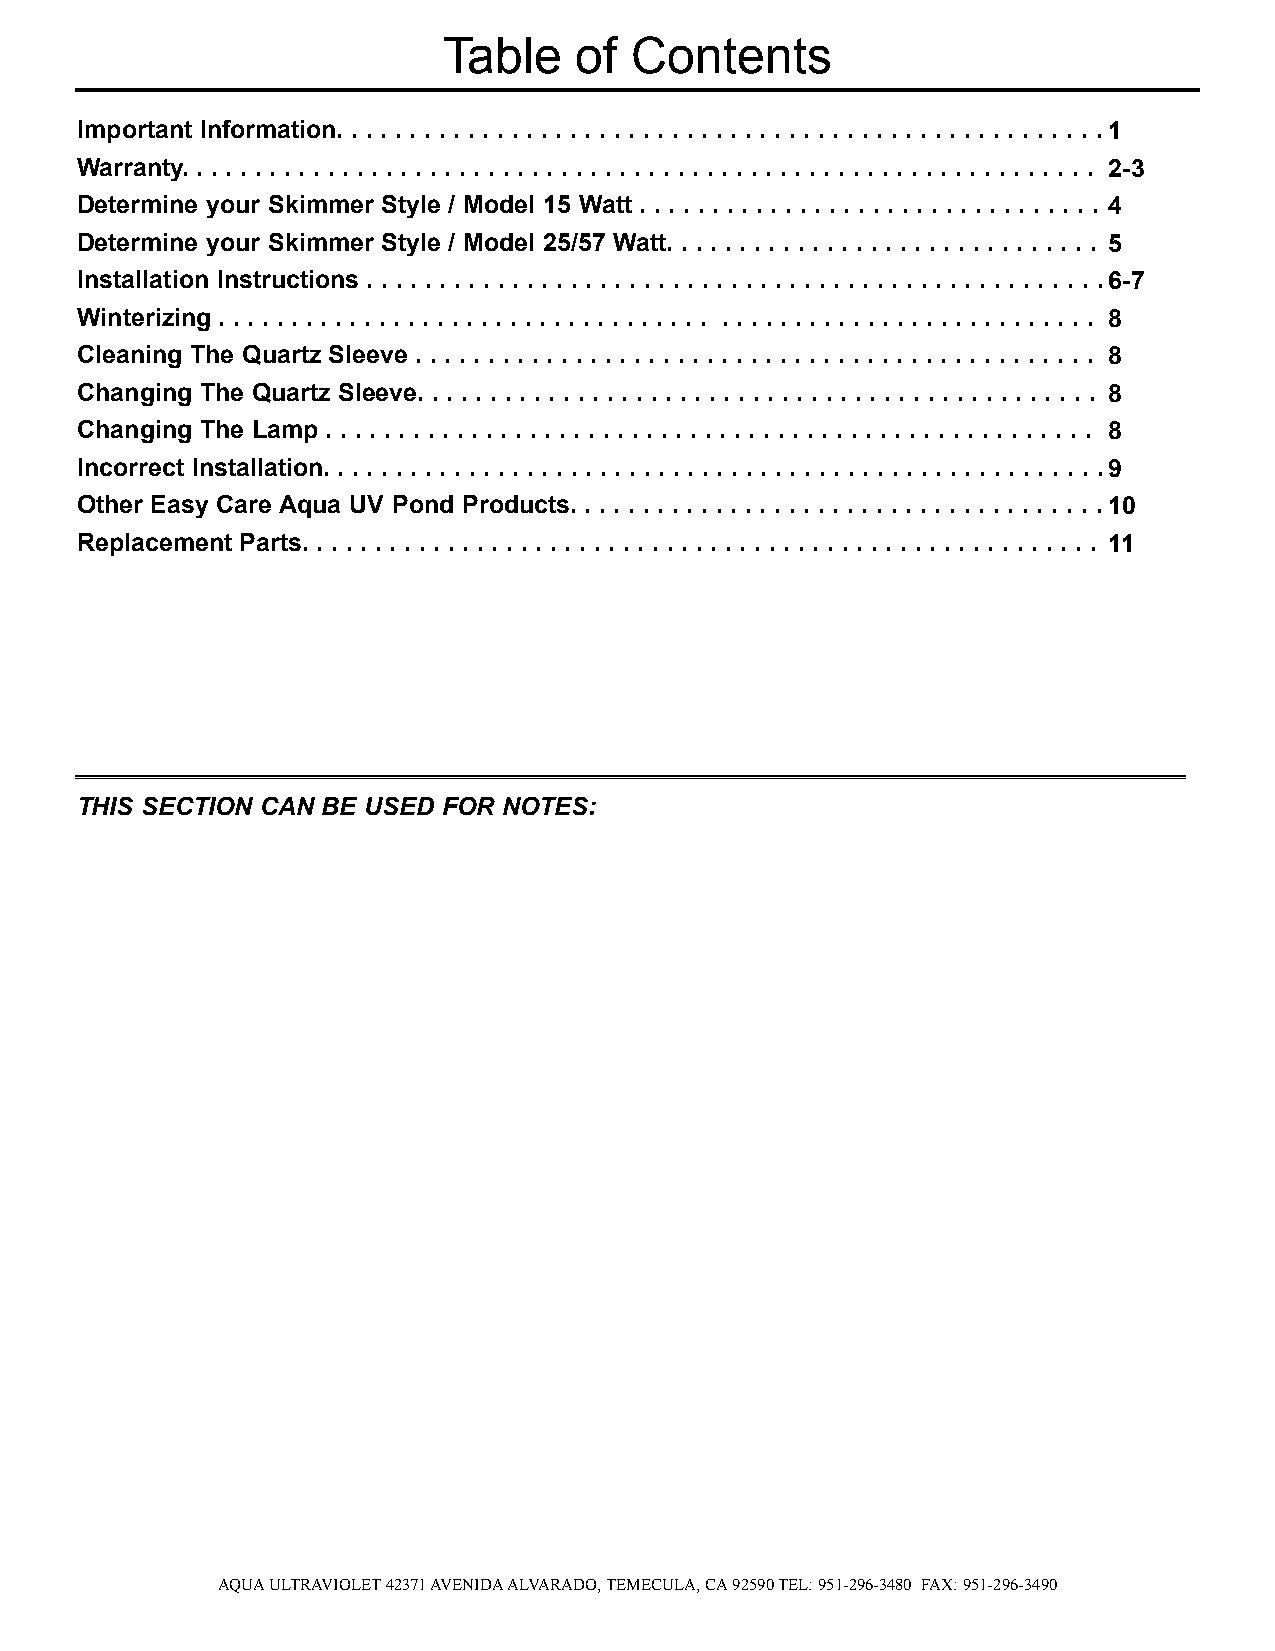
Table    of  Contents
 Important Information. . . . . . . . . . . . . . . . . . . . . . . . . . . . . . . . . . . . . . . . . . . . . . . . . . . . . 1
 Warranty. . . . . . . . . . . . . . . . . . . . . . . . . . . . . . . . . . . . . . . . . . . . . . . . . . . . . . . . . . . . . . . 2-3
 Determine your Skimmer Style / Model 15 Watt . . . . . . . . . . . . . . . . . . . . . . . . . . . . . . . . 4
 Determine your Skimmer Style / Model 25/57 Watt. . . . . . . . . . . . . . . . . . . . . . . . . . . . . . 5
 Installation Instructions . . . . . . . . . . . . . . . . . . . . . . . . . . . . . . . . . . . . . . . . . . . . . . . . . . . 6-7
 Winterizing . . . . . . . . . . . . . . . . . . . . . . . . . . . . . . . . . . . . . . . . . . . . . . . . . . . . . . . . . . . . 8
 Cleaning The Quartz Sleeve . . . . . . . . . . . . . . . . . . . . . . . . . . . . . . . . . . . . . . . . . . . . . . . 8
 Changing The Quartz Sleeve. . . . . . . . . . . . . . . . . . . . . . . . . . . . . . . . . . . . . . . . . . . . . . . 8
 Changing The Lamp . . . . . . . . . . . . . . . . . . . . . . . . . . . . . . . . . . . . . . . . . . . . . . . . . . . . . 8
 Incorrect Installation. . . . . . . . . . . . . . . . . . . . . . . . . . . . . . . . . . . . . . . . . . . . . . . . . . . . . . 9
 Other Easy Care Aqua UV Pond Products. . . . . . . . . . . . . . . . . . . . . . . . . . . . . . . . . . . . .10
 Replacement Parts. . . . . . . . . . . . . . . . . . . . . . . . . . . . . . . . . . . . . . . . . . . . . . . . . . . . . . . 11
 THIS SECTION CAN BE USED FOR NOTES:
 AQUA ULTRAVIOLET 42371 AVENIDA ALVARADO, TEMECULA, CA 92590 TEL: 951-296-3480 FAX: 951-296-3490